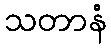
သတာနံ